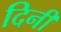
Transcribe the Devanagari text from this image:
दिनीं